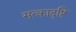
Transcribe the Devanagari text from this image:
सत्कादृष्टि